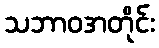
သဘာဝအတိုင်း